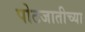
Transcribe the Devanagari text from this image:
पोटजातीच्या